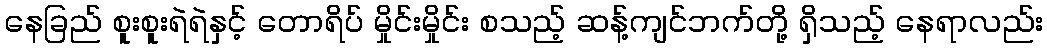
နေခြည် စူးစူးရဲရဲနှင့် တောရိပ် မှိုင်းမှိုင်း စသည့် ဆန့်ကျင်ဘက်တို့ ရှိသည့် နေရာလည်း